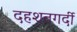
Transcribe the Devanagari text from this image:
दहशतगर्दी